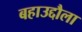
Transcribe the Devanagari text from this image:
बहाउद्दौला